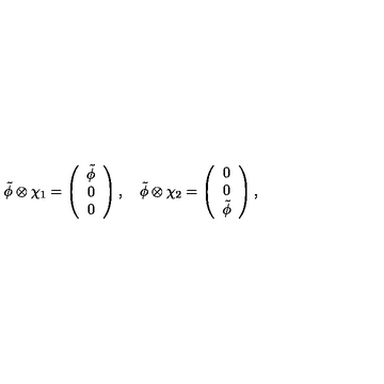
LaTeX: \tilde { \phi } \otimes \chi _ { 1 } = \left( \begin{array} { c } { \tilde { \phi } } \\ { 0 } \\ { 0 } \\ \end{array} \right) , \quad \tilde { \phi } \otimes \chi _ { 2 } = \left( \begin{array} { c } { 0 } \\ { 0 } \\ { \tilde { \phi } } \\ \end{array} \right) ,